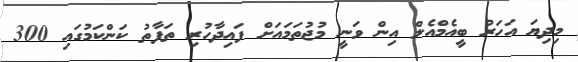
މިދިޔަ އަހަރު ބީއެމްއެލް އިން ވަނީ މުޖުތަމައަށް ފައިދާހުރި ތަފާތު ކަންކަމުގައި 300